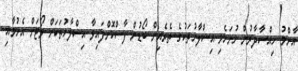
އާންމު ހިއްސާދާރުން ހުށަހެޅި އިސްލާހުތަކުގެ ތެރެއިން ބޯޑުން ފާސްކޮށްފައިވާ އިސްލާހުތަކަށް ވޯޓަށް އެހުމާއި